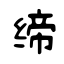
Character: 缔